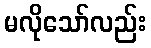
မလိုသော်လည်း